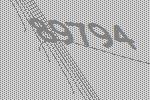
89794